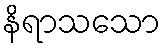
နိရာသသော